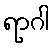
ရာဂါ